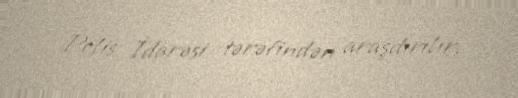
Polis İdarəsi tərəfindən araşdırılır.